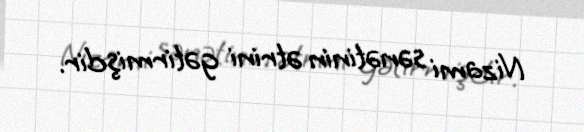
Nizami sənətinin ətrini gətirmişdir.